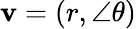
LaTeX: \mathbf{v}=(r,\angle\theta)